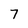
Character: 7